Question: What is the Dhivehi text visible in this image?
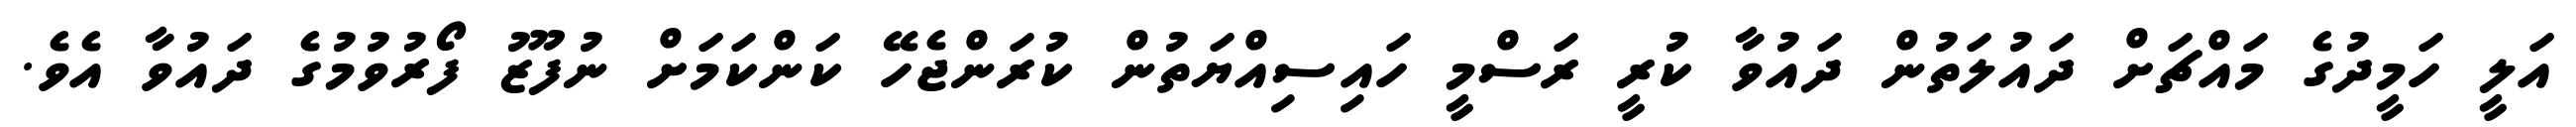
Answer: އަލީ ހަމީދުގެ މައްޗަށް ދައުލަތުން ދައުވާ ކުރީ ރަސްމީ ހައިސިއްޔަތުން ކުރަންޖެހޭ ކަންކަމަށް ނުފޫޒު ފޯރުވުމުގެ ދައުވާ އެވެ.